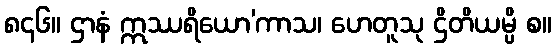
၈၄၆။ ဌာနံ ဣဿရိယော’ကာသ၊ ဟေတူသု ဌိတိယမ္ပိ စ။